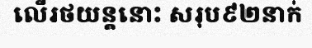
លើរថយន្តនោះ សរុប៩២នាក់